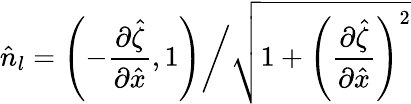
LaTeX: \hat{n}_{l}=\left(-\frac{\partial\hat{\zeta}}{\partial\hat{x}},1\right)\bigg/\sqrt{1+\left(\frac{\partial\hat{\zeta}}{\partial\hat{x}}\right)^{2}}